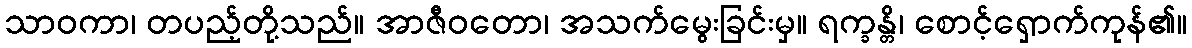
သာဝကာ၊ တပည့်တို့သည်။ အာဇီဝတော၊ အသက်မွေးခြင်းမှ။ ရက္ခန္တိ၊ စောင့်ရှောက်ကုန်၏။